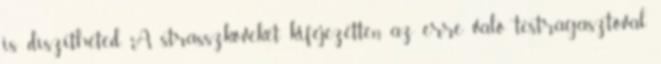
is díszítheted. A strasszköveket kifejezetten az erre való testragasztóval